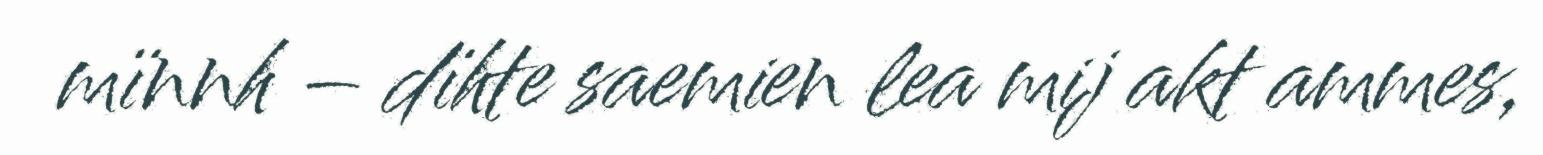
mïnnh – dïhte saemien lea mij akt ammes,